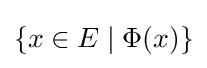
\{x\in E\mid \Phi (x)\}